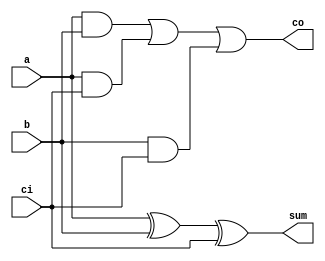
`timescale 1 ns / 1 ps

module full_adder(
    input a,
    input b,
    input ci,
    output sum,
    output co
);

assign sum = a ^ b ^ ci;
assign co = (a & b) | (a & ci) | (b & ci);

endmodule